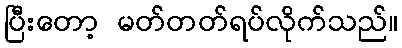
ပြီးတော့ မတ်တတ်ရပ်လိုက်သည်။